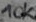
Text: 10K